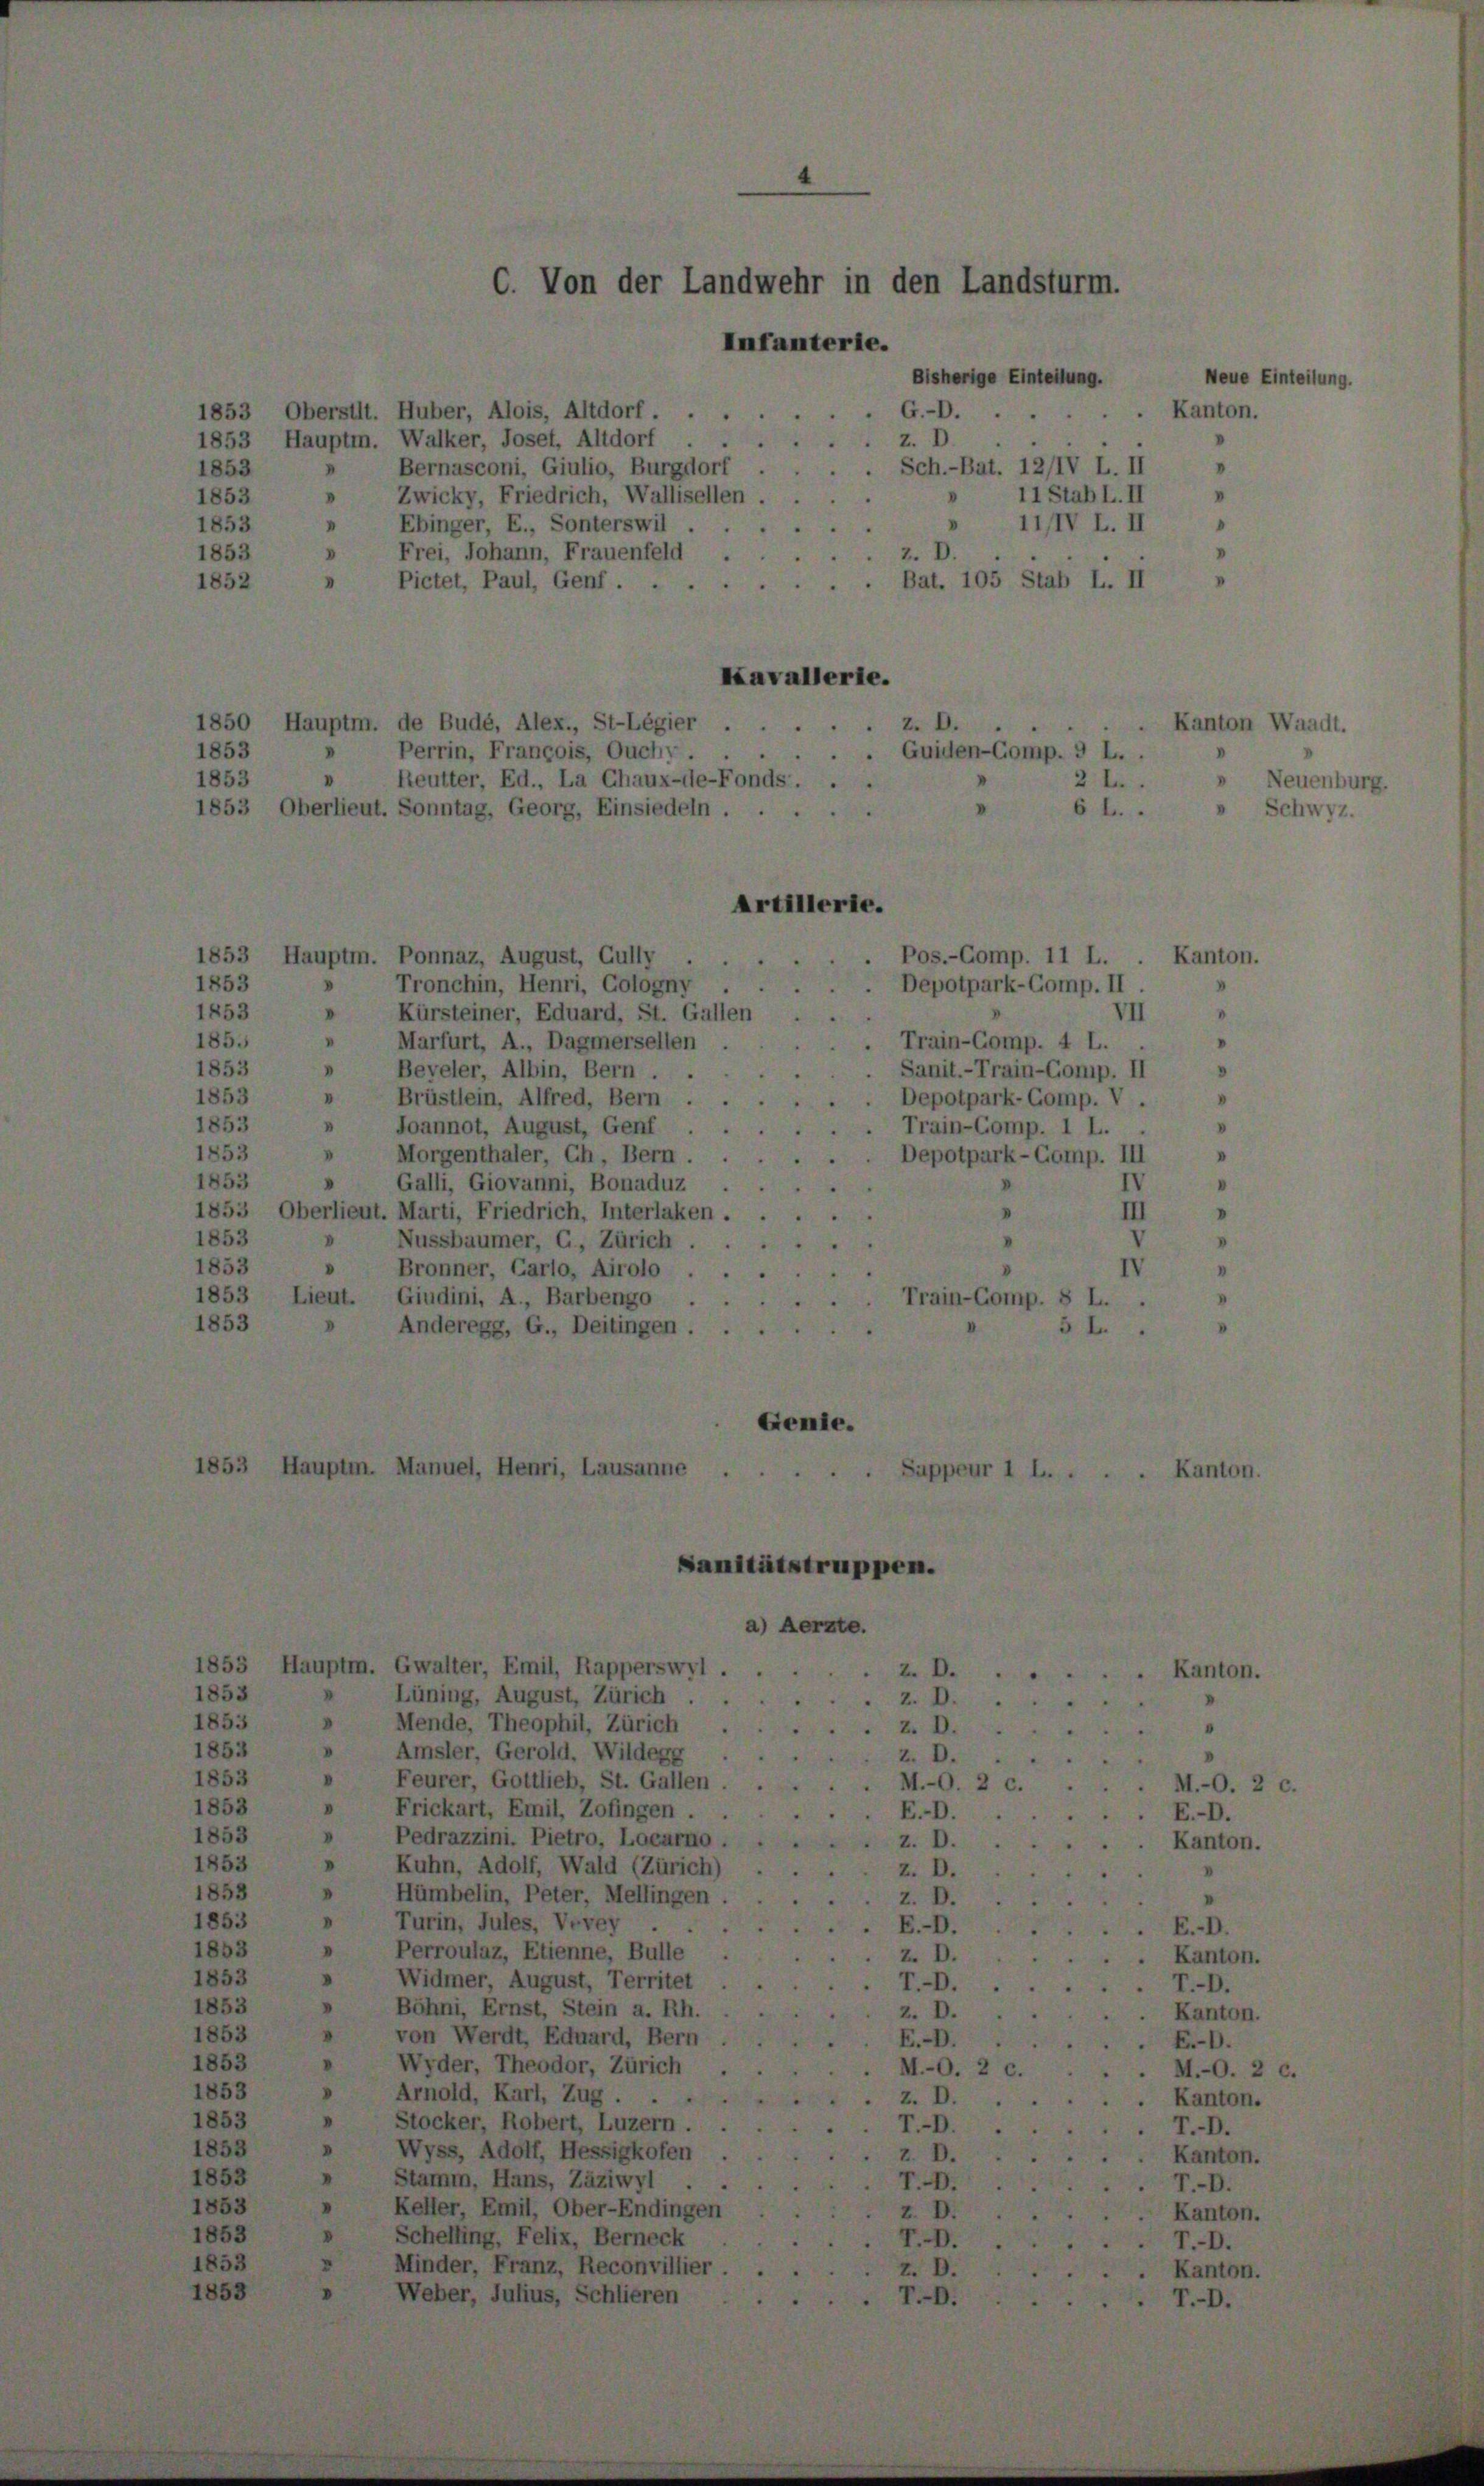
ber
3 Hauptm.

.

Huber, Alois, Altdorf . .
Walker, Josef, Altdorf ...
Bernasconi, Giulio, Burgdorf
Zwicky, Friedrich, Wallisellen ...
Ebinger, E., Sonterswil
Frei, Johann, Frauenfeld
Pictet, Paul, Genf.

1853 Hauptm. Ponnaz, August, Gully
Tronchin, Henri, Gologny
1853
1853
» Kürsteiner, Eduard, St. Gallen
185.
Marfurt, A., Dagmersellen
Beveler, Albin, Bern . .
1853
"
1853
Brüstlein, Alfred, Bern
"
1853
»
Joannot, August, Genf
1853
Morgenthaler, Ch, Bern.
.
1853
Galli, Giovanni, Bonaduz
.
1853 Oberlieut. Marti, Friedrich, Interlaken . .
1853
» Nussbaumer, C, Zürich.
1853
» Bronner, Carlo, Airolo ...
1853 Lieut. Giudini, A., Barbengo
1853
Anderegg, G., Deitingen.

Gwalter, Emil, Rapperswyl .
Lüning, August, Zürich
Mende, Theophil, Zürich
Amsler, Gerold. Wildegg
Feurer, Gottlieb, St. Gallen
Frickart, Emil, Zofingen
Pedrazzini. Pietro, Locarno,
Kuhn, Adolf, Wald (Zürich)
Hümbelin, Peter, Mellingen
Turin, Jules, Vevey
Perroulaz, Etienne, Bulle
Widmer, August, Territet
Böhni, Ernst, Stein a. Rh.
von Werdt, Eduard, Bern
Wyder, Theodor, Zürich
Arnold, Karl, Zug . .
Stocker, Robert, Luzern.
Wyss, Adolf, Hessigkofen
Stamm, Hans, Zäziwyl
ehler, Emil, Ober-Endingen
Schelling, Felix, Berneck
Minder, Franz, Reconvillier
Weber, Julius, Schlieren

on der Landwehr in den Landst

Infanterie.
Bisherige Ein
G.O.
z. D

Artilleri

Genie

3
3
n
I
IIIV L. II
3
z. D.
53
u
.. Bat. 105 Stab L. II
I
2
Kavallerie.
50 Hauptm. de Budé, Alex., St-Légier ...
z. D.
Perrin, François, Ouchy.
Guiden-Comp. 9 L..
V
3
» Reutter, Ed., La Chaux-de-Fonds. .
3
2 L.
53 Oberlieut. Sonntag, Georg, Einsiedeln ...
64.

Sanitätstrupper

. Sch.-Bat. 12/IV L. II
11 Stab L. II
.

Pos.-Comp. 11 L.
Depotpark-Gomp. II
VII
Train-Comp. 4 L.
Sanit.- Train-Comp. II
Depotpark-Gomp. V
. Train-Comp. I L.
Depotpark-Comp. III
IV
III
.
IV
Train-Comp. 8 L.
5 L..

Weue Ein

472.